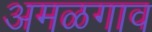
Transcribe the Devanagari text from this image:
अमळगाव